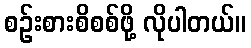
စဉ်းစားစိစစ်ဖို့ လိုပါတယ်။